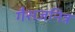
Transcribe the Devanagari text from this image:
गैसजनित्र